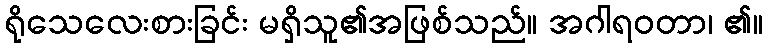
ရိုသေလေးစားခြင်း မရှိသူ၏အဖြစ်သည်။ အဂါရဝတာ၊ ၏။